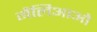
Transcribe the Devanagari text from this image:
गैलिआओ